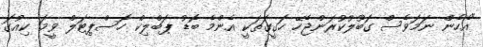
"އެހެން ނަމަވެސް ގަބޫލުކުރަންޖެހޭ ހަގީގަތަކީ އެންމެ ބޮޑު ޕަބްލިކް ހޮސްޕިޓަލް ވީމަ ކިއުގަ